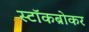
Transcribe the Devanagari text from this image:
स्‍टॉकब्रोकर